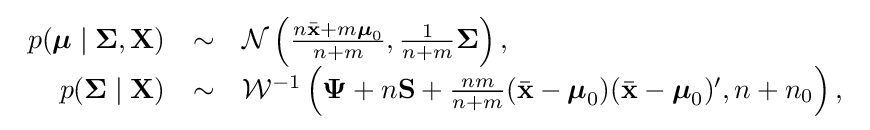
{\begin{array}{rcl}p({\boldsymbol {\mu }}\mid {\boldsymbol {\Sigma }},\mathbf {X} )&\sim &{\mathcal {N}}\left({\frac {n{\bar {\mathbf {x} }}+m{\boldsymbol {\mu }}_{0}}{n+m}},{\frac {1}{n+m}}{\boldsymbol {\Sigma }}\right),\\p({\boldsymbol {\Sigma }}\mid \mathbf {X} )&\sim &{\mathcal {W}}^{-1}\left({\boldsymbol {\Psi }}+n\mathbf {S} +{\frac {nm}{n+m}}({\bar {\mathbf {x} }}-{\boldsymbol {\mu }}_{0})({\bar {\mathbf {x} }}-{\boldsymbol {\mu }}_{0})',n+n_{0}\right),\end{array}}